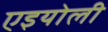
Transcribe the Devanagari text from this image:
एइयोली